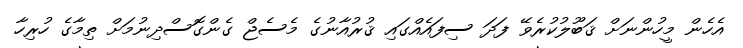
އެހެން މީހުންނަށް ޤަބޫލުކުރެވޭ ފަދަ ސިފައެއްގައި ޤުރުއާނުގެ މެސެޖް ގެންގޮސްދިނުމަށް ތިމާގެ ހުރިހާ